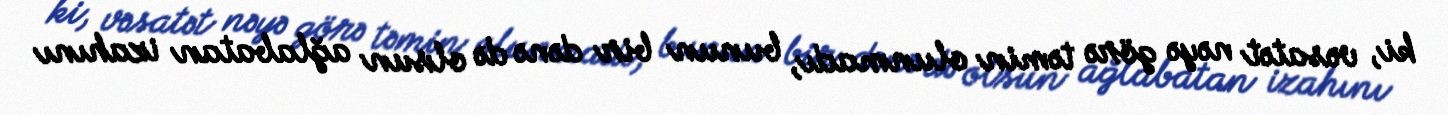
ki, vəsatət nəyə görə təmin olunmadı, bunun bir dənə də olsun ağlabatan izahını